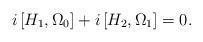
LaTeX: \begin{align*}i\left[ H_1,\Omega_0\right]+i\left[ H_2,\Omega_1\right] =0.\end{align*}